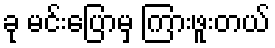
ခု မင်းပြောမှ ကြားဖူးတယ်